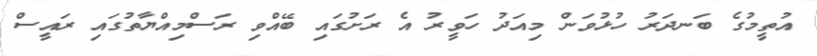
އުތީމުގެ ބަނދަރު ހުޅުވަން މިއަދު ހަވީރު އެ ރަށުގައި ބޭއްވި ރަސްމިއްޔާތުގައި ރައީސް